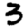
Digit: 3